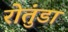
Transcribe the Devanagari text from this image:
रोतुंडा